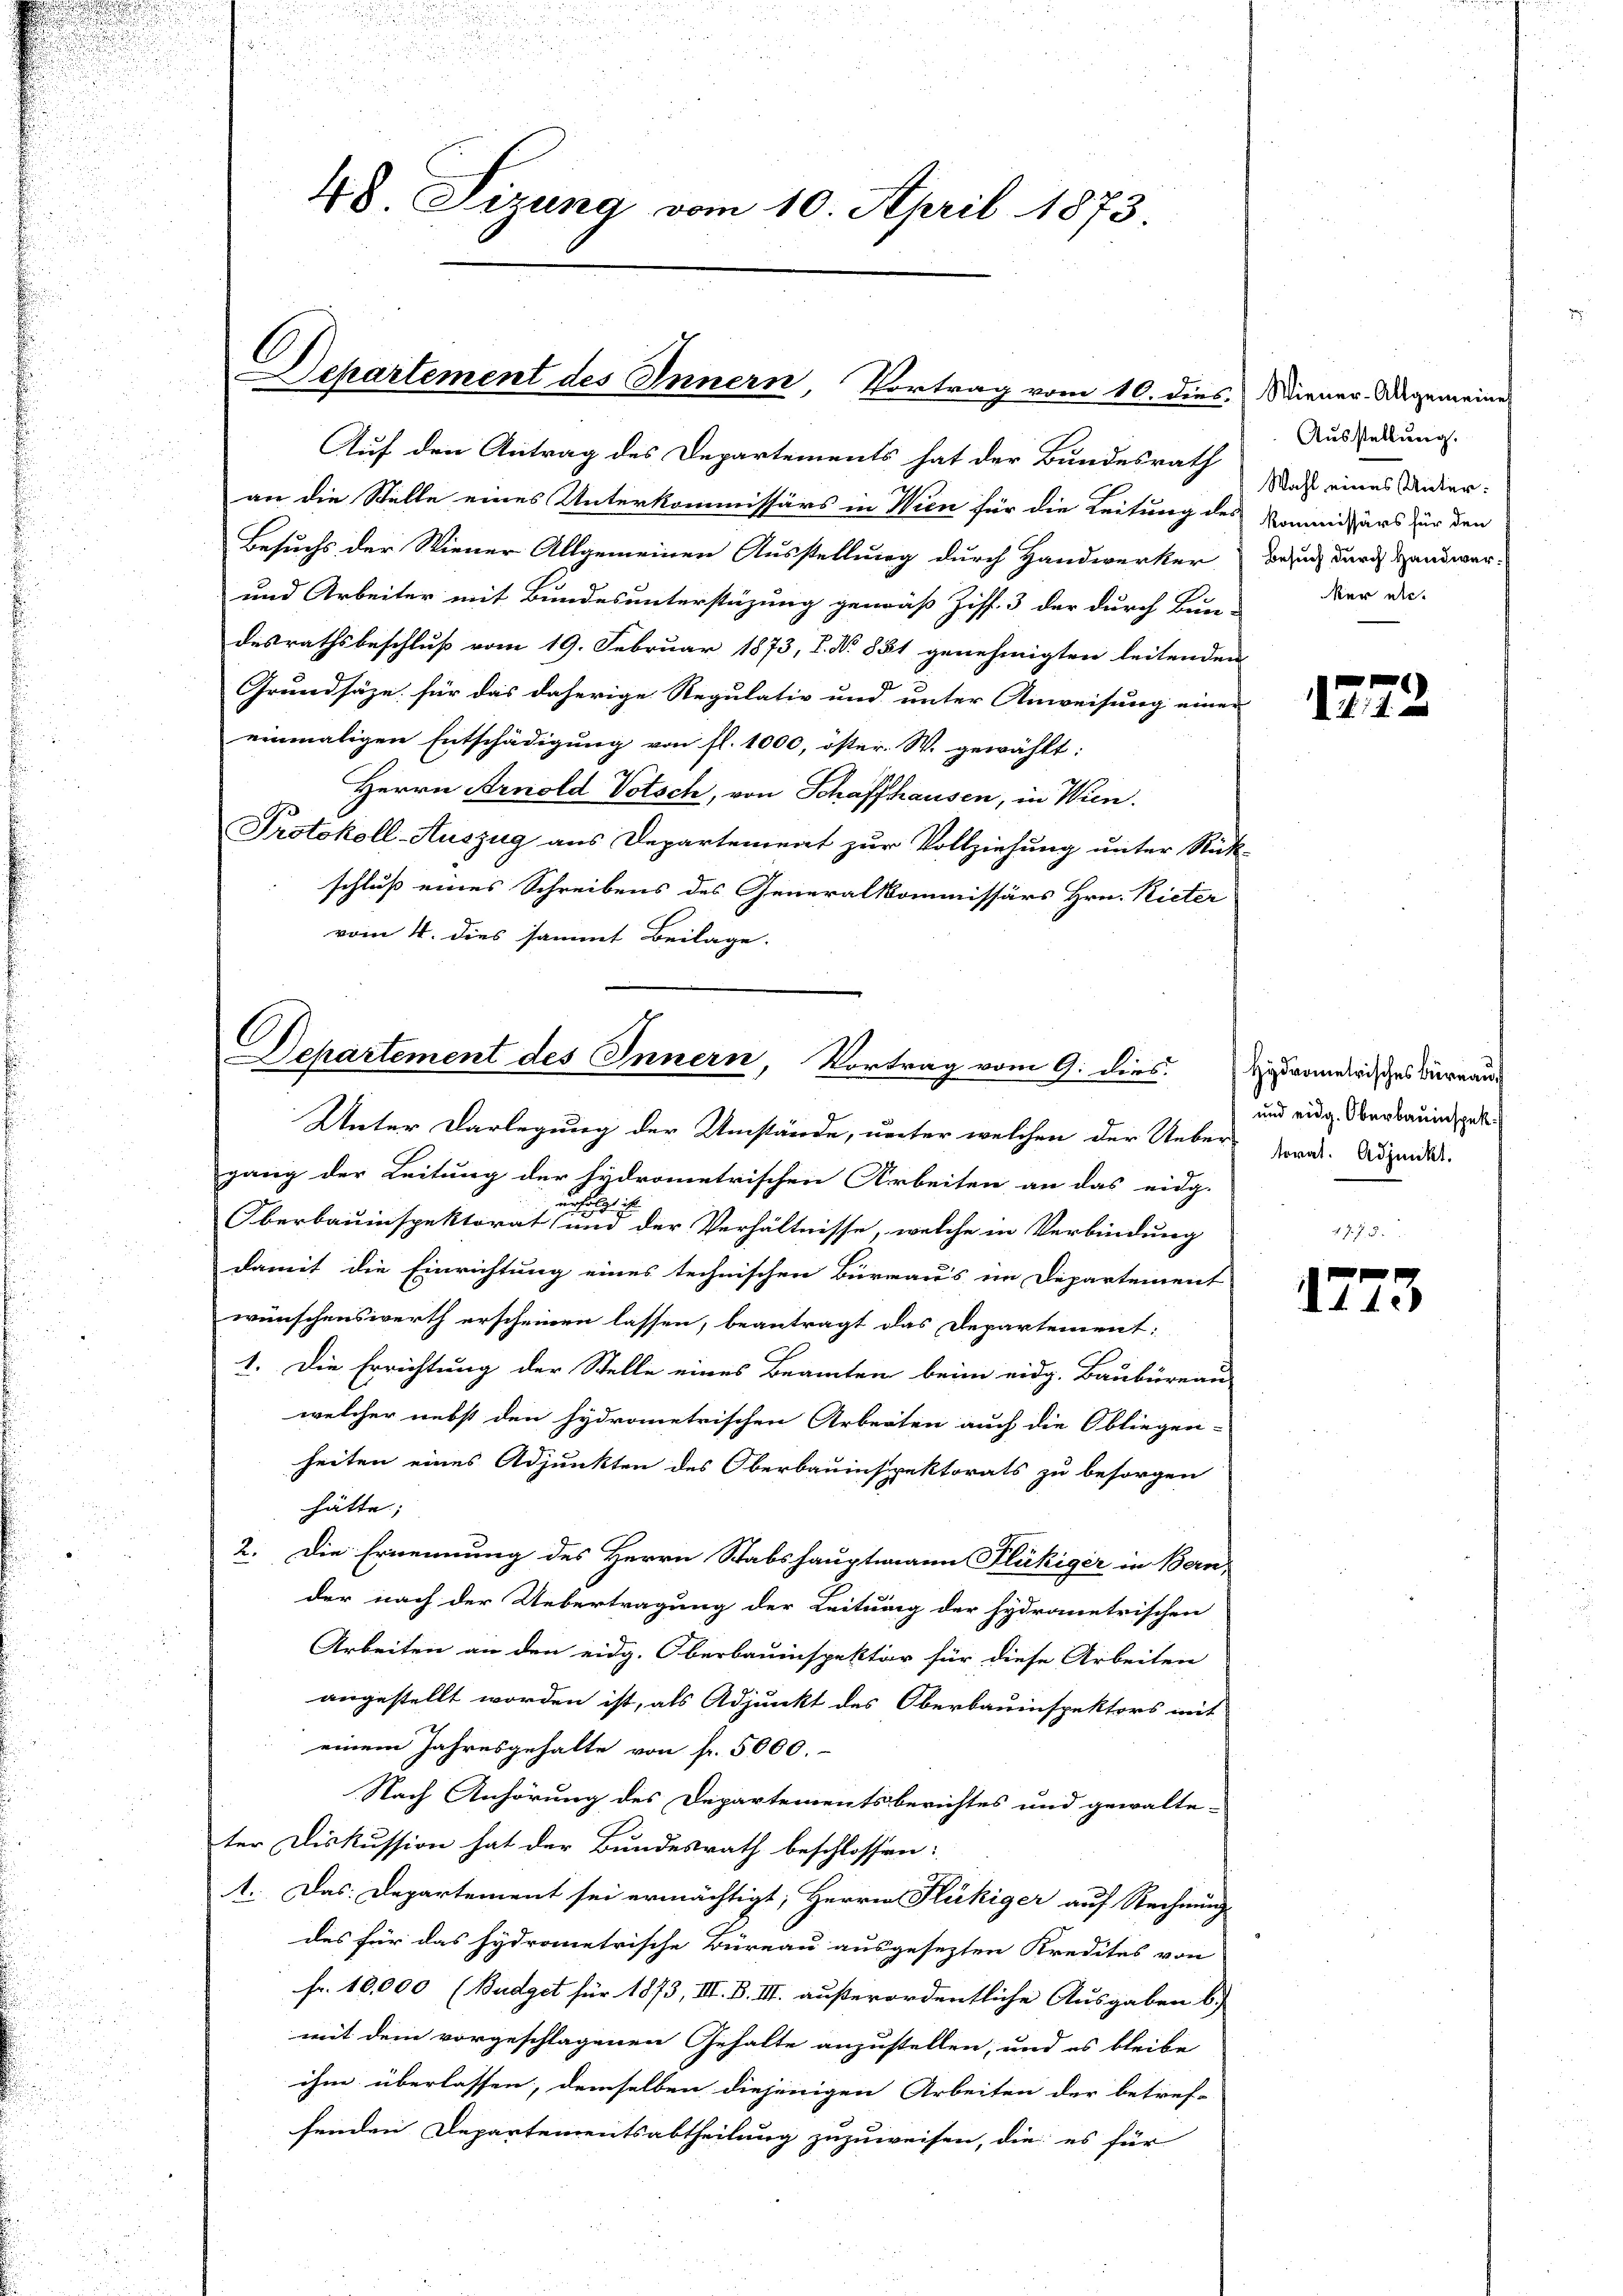
48. Sizung vom 10. April 1873.

C
Departement des Innern, Vortrag vom 10. dies Wiener. Dagemeine

Auf den Antrag des Departements hat der Bundesrath
an die Stelle eines Unterkommissärs in Wien für die Leitung des Kommissärs für den
Besuchs der Wiener Allgemeinen Ausstellung durch Handwerker
und Arbeiter mit Bundesunterstüzung gemäß Ziff. 3 der durch Bun-
desrathsbeschluß vom 19. Februar 1873, I. No 881 genehmigten leitenden
Grundsäze für das daherige Regulativ und unter Anweisung einer
einmaligen Entschädigung von fl. 1000, öster. W. gewählt:
Herrn Arnold Votsch, von Schaffhausen, in Wien.
Protokoll-Auszug aus Departement zur Vollziehung unter Rück-
schluß eines Schreibens des Generalkommissärs Hrn. Rieter
vom 4. dies sammt Beilage.

C
Departement des Innern, Vortrag vom 9. dies

Ausstellung.
Wahl eines Unter¬
Besuch durch Handwerker nic

Unter Darlegung der Umstände, unter welchen der Ueber-
gang der Leitung der hydrometrischen Arbeiten an das eidg.
Oberbauinspektorat und der Verhältnisse, welche in Verbindung
damit die Einrichtung eines technischen Büreaus im Departement
wünschenswerth erscheinen lassen, beantragt das Departement:
1. Die Errichtung der Stelle eines Beamten beim eidg. Baubureau-
welcher nebst den hydrometrischen Arbeiten auch die Obliegen-
heiten eines Adjunkten des Oberbauinspektorats zu besorgen
hätte;
2. Die Ernennung des Herrn Stabshauptmann Flükiger in Bern,
der nach der Uebertragung der Leitung der hydranetrischen
Arbeiten an den eidg. Oberbauinspektor für diese Arbeiten
angestellt worden ist, als Adjunkt des Oberbauinspektors mit
einem Jahresgehalte von fr. 5000.
Nach Anhörung des Departementsberichtes und gewalte-
ter Diskussion hat der Bundesrath beschlossen:
1. Das Departement sei ermächtigt, Herren Flückiger auf Rechnungs
des für das hydrometrische Büreau ausgesezten Kredites von
fr. 10,000 (Budget für 1873, III. B. III. außerordentliche Ausgaben b
mit dem vorgeschlagenen Gehalte anzustellen, und es bleibe
ihm überlassen, demselben diejenigen Arbeiten der betref-
fenden Departementsabtheilung zuzuweisen, die es für

1772

Hydrometrisches Büreau,
und eidg. Oberbauinspektorat. Adjunkt.

1773